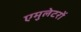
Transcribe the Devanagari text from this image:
एमुलेटरों